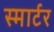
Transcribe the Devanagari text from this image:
स्मार्टर